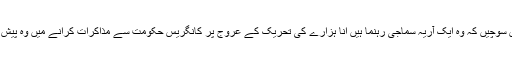
ہم مسلمانوں کا خیال نہ کریں مودی جی سوامی اگنی ویش کے بارے میں سوچیں کہ وہ ایک آریہ سماجی رہنما ہیں انا ہزارے کی تحریک کے عروج پر کانگریس حکومت سے مذاکرات کرانے میں وہ پیش پیش تھے ملک ہی نہیں ملک سے باہر بھی سب ان کا احترام کرتے ہیں۔